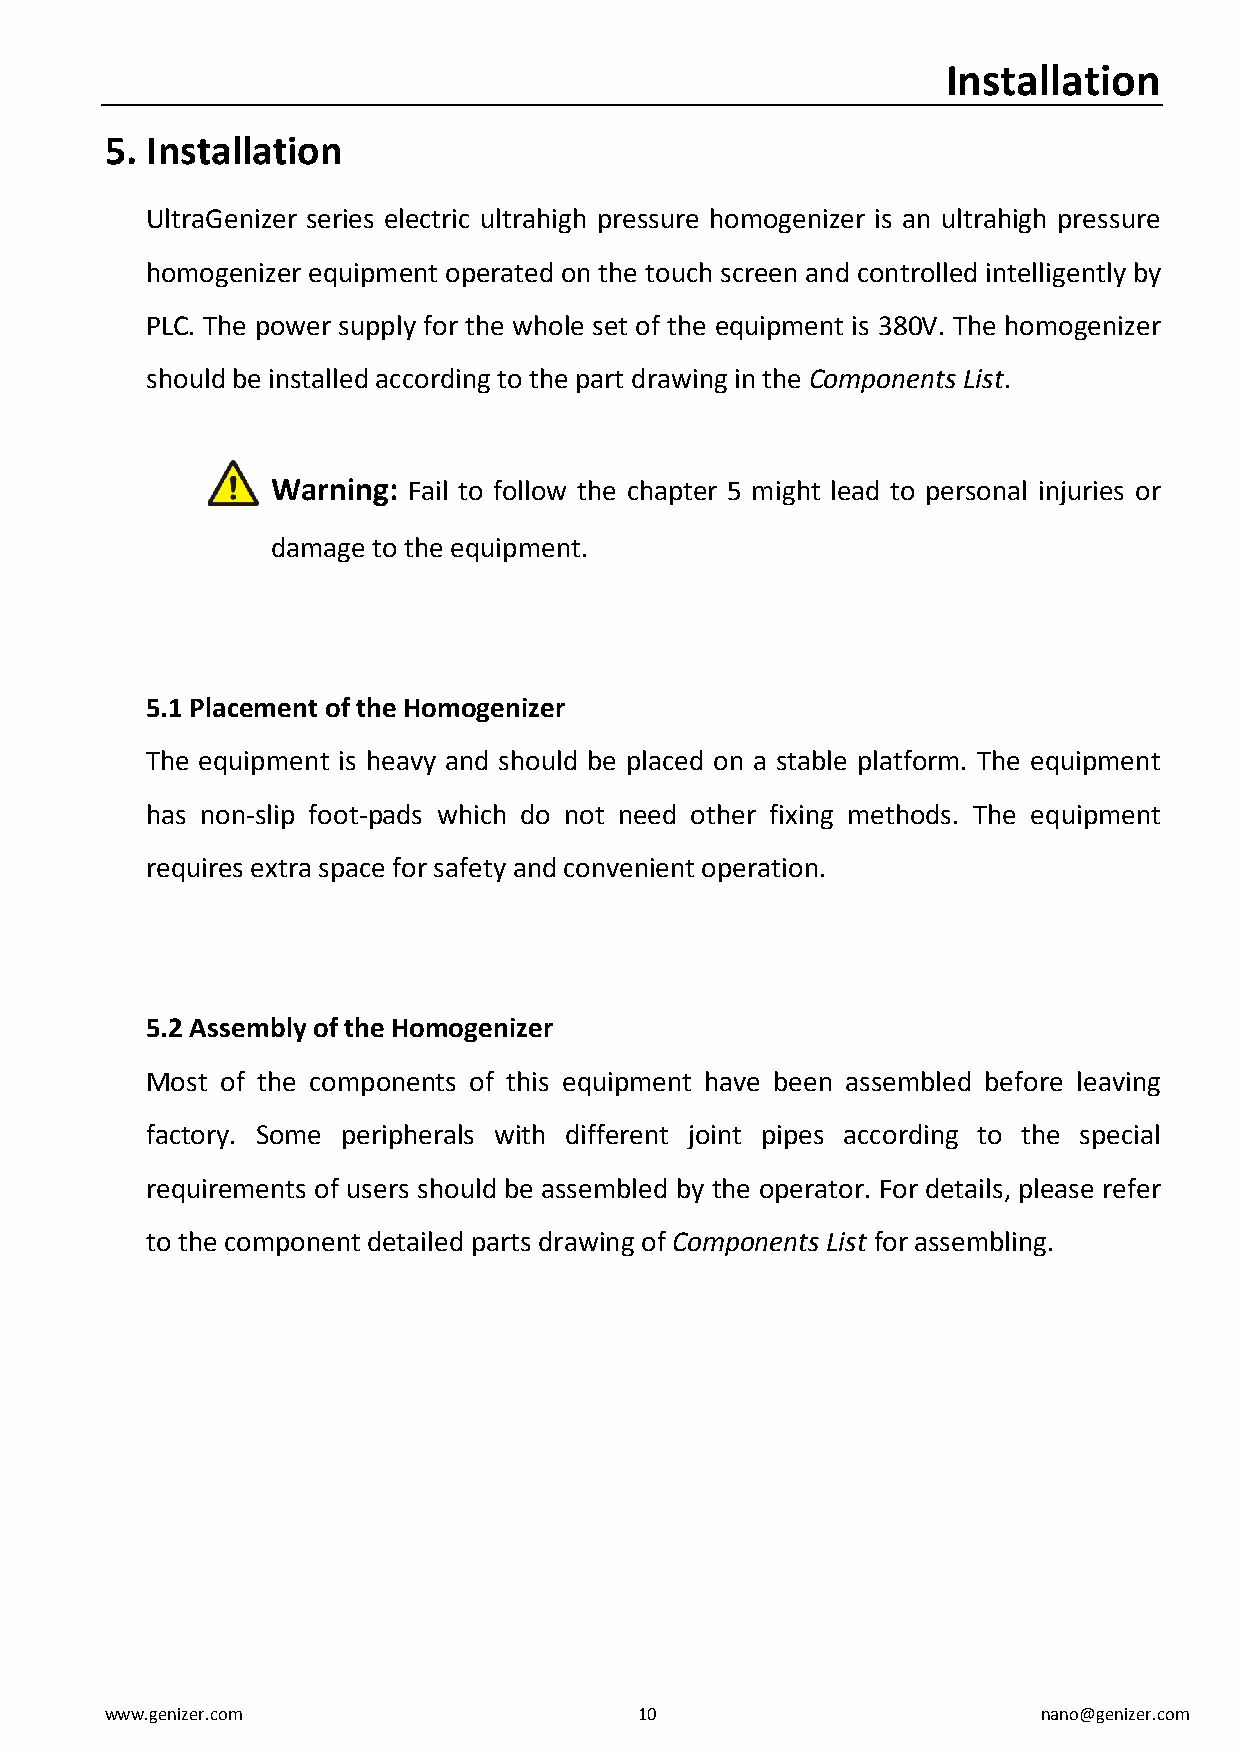
Installation
 5. Installation
 UltraGenizer series electric ultrahigh pressure homogenizer is an ultrahigh pressure
 homogenizer equipment operated on the touch screen and controlled intelligently by
 PLC. The power supply for the whole set of the equipment is 380V. The homogenizer
 should be installed according to the part drawing in the Components List.
 Warning: Fail to follow the chapter 5 might lead to personal injuries or
 damage to the equipment.
 5.1 Placement of the Homogenizer
 The equipment is heavy and should be placed on a stable platform. The equipment
 has non-slip foot-pads which do not need other fixing methods. The equipment
 requires extra space for safety and convenient operation.
 5.2 Assembly of the Homogenizer
 Most of the components of this equipment have been assembled before leaving
 factory. Some peripherals with different joint pipes according to the special
 requirements of users should be assembled by the operator. For details, please refer
 to the component detailed parts drawing of Components List for assembling.
 www.genizer.com                    10                         nano@genizer.com